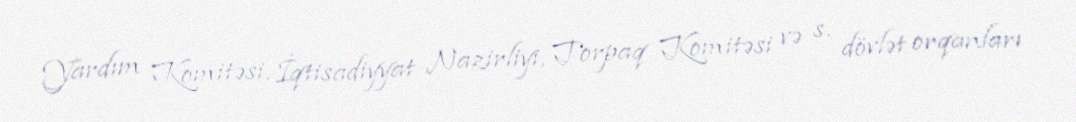
Yardım Komitəsi, İqtisadiyyat Nazirliyi, Torpaq Komitəsi və s. dövlət orqanları